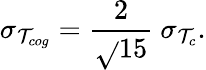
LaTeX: \sigma_{\mathcal{T}_{cog}}=\frac{{2}}{{\sqrt{}{{15}}}}~\sigma_{\mathcal{T}_{c}}.